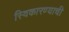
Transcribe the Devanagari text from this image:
स्विकारण्याची